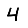
Digit: 4